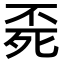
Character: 𣨀